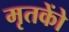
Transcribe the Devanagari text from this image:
मृतकोें